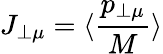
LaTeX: J_{\perp\mu}=\langle\frac{p_{\perp\mu}}{M}\rangle